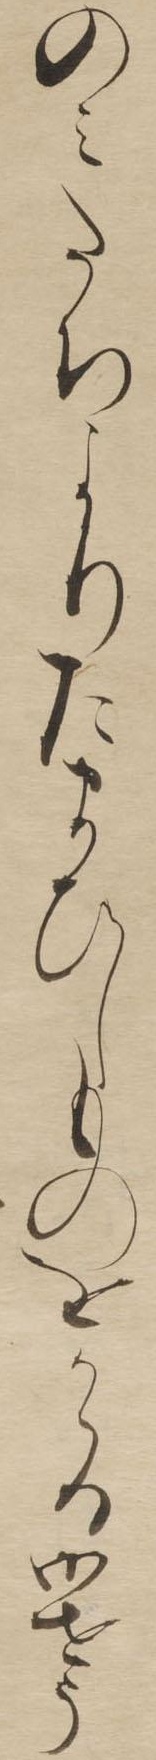
のみたちよりたまひしものをかゝる御せう